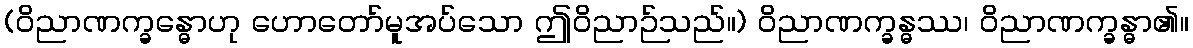
(ဝိညာဏက္ခန္ဓောဟု ဟောတော်မူအပ်သော ဤဝိညာဉ်သည်။) ဝိညာဏက္ခန္ဓဿ၊ ဝိညာဏက္ခန္ဓာ၏။